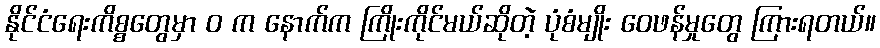
နိုင်ငံရေးကိစ္စတွေမှာ ဝ က နောက်က ကြိုးကိုင်မယ်ဆိုတဲ့ ပုံစံမျိုး ဝေဖန်မှုတွေ ကြားရတယ်။